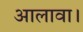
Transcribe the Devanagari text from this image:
आलावा।